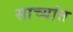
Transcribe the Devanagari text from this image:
साच्यांत